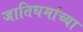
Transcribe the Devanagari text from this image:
जातिधर्माच्या